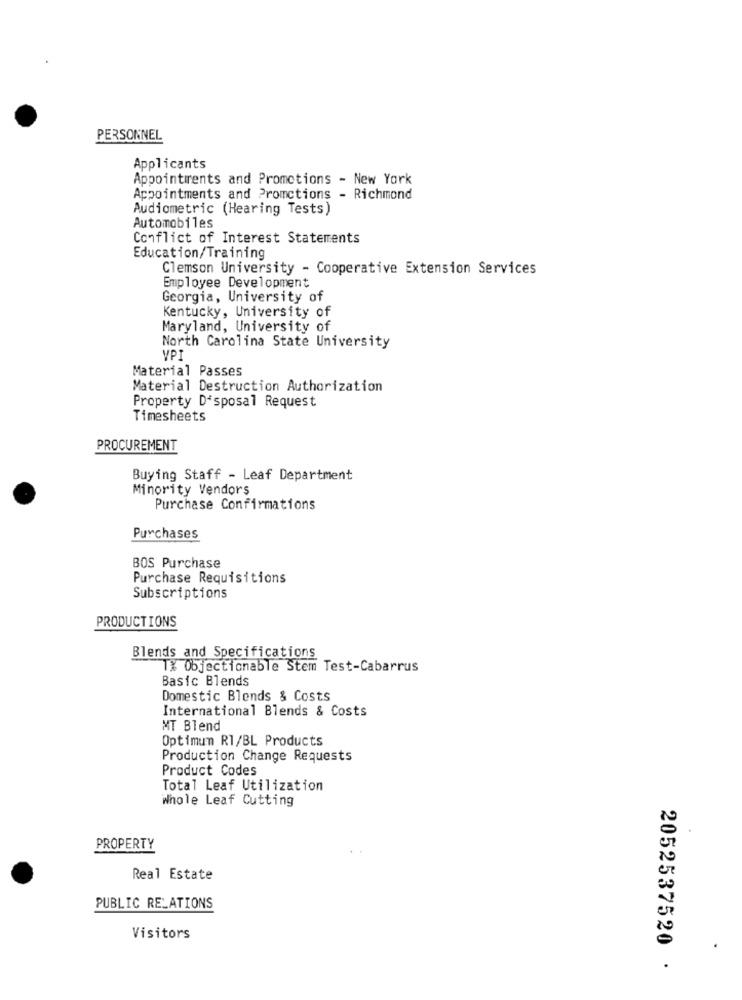
PERSONNEL
Applicants
Appointrents and Promotions - New York
Appointments and Promctions - Richmond
Audiometric (Hearing Tests)
Automobiles
Conflict of Interest Statements
Education/Training
Clemson University - Cooperative Extension Services
Employee Development
Georgia, University of
Kentucky, University of
Maryland, University of
North Carolina State University
Material Passes
Material Destruction Authorization
Property Disposal Request
Timesheets
PROCUREMENT
Buying Staff - Leaf Department
Minority Vendors
Purchase Confirmations
Purchases
BOS Purchase
Purchase Requisitions
Subscriptions
PRODUCTIONS
Blends and Specifications
1% Objectionable Stem Test-Cabarrus
Basic Blends
Domestic Blends & Costs
International Blends & Costs
MT Blend
Optimum RI/BL Products
Production Change Requests
Product Codes
Total Leaf Utilization
Whole Leaf Cutting
PROPERTY
Real Estate
PUBLIC RELATIONS
Visitors
2052537520 ·